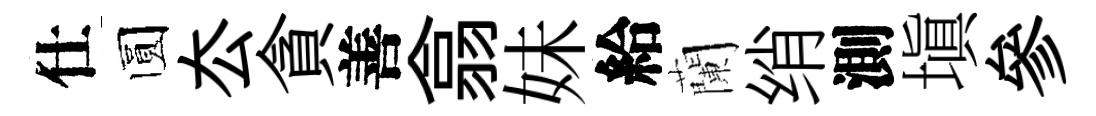
仕圆厺貪善翕妹給蘭绡測塡參